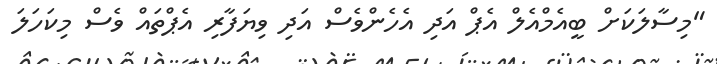
"މިސާލަކަށް ބީއެމްއެލް އެޕް އަދި އެހެންވެސް އަދި ވިޔަފާރި އެޕްތައް ވެސް މިކަހަލަ